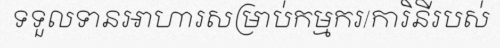
ទទួលទានអាហារសម្រាប់កម្មករ/ការិនីរបស់